Lunatic asylums Central Provinces reports 1886-1894 - 1886-1894
Year: 1886
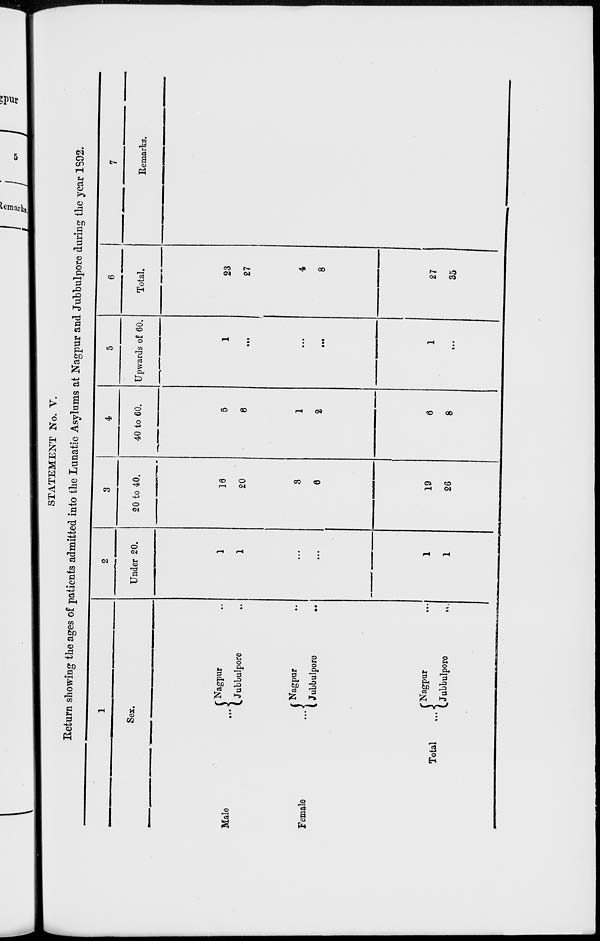
STATEMENT No. V.
Return showing the ages of patients admitted into the Lunatic Asylums at Nagpur and Jubbulpore during the year 1892.
1
Sex.
Male...
Female
...
Total...
Nagpur..
Jubbulpore..
Nagpur..
Jubbulpore
..
Nagpur..
Jubbulpore
..
2
Under 20.
1
1
...
...
1
1
3
20 to 40.
16
20
3
6
19
26
4
40 to 60.
5
6
1
2
6
8
5
Upwards of 60.
1
...
...
...
1
...
6
Total.
23
27
4
8
27
35
7
Remarks.